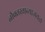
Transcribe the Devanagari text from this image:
नौबतखान्याजवळ